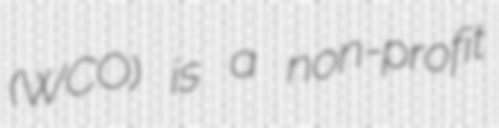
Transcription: (WCO) is a non-profit